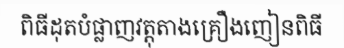
ពិធីដុតបំផ្លាញវត្តុតាងគ្រឿងញៀនពិធី